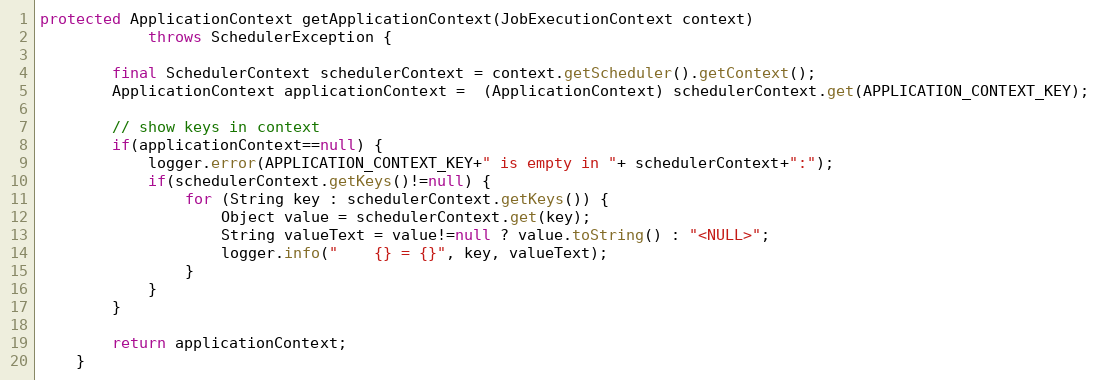
Language: Java
protected ApplicationContext getApplicationContext(JobExecutionContext context)
            throws SchedulerException {

        final SchedulerContext schedulerContext = context.getScheduler().getContext();
        ApplicationContext applicationContext =  (ApplicationContext) schedulerContext.get(APPLICATION_CONTEXT_KEY);

        // show keys in context
        if(applicationContext==null) {
            logger.error(APPLICATION_CONTEXT_KEY+" is empty in "+ schedulerContext+":");
            if(schedulerContext.getKeys()!=null) {
                for (String key : schedulerContext.getKeys()) {
                    Object value = schedulerContext.get(key);
                    String valueText = value!=null ? value.toString() : "<NULL>";
                    logger.info("    {} = {}", key, valueText);
                }
            }
        }

        return applicationContext;
    }